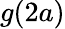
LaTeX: g(2a)